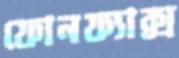
ফোনফ্যাক্স